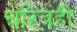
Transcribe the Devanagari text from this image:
चरित्रंही